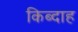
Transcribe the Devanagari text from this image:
किब्दाह